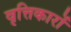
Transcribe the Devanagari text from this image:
वृत्तिकारों